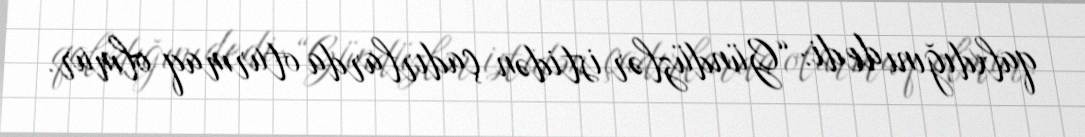
qalxdığını dedi: “Gündüzlər istidən çadırlarda oturmaq olmur.